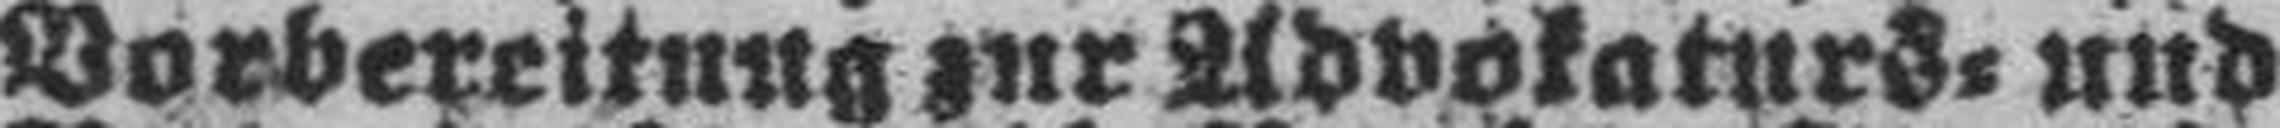
Vorbereitung zur Advokaturs= und